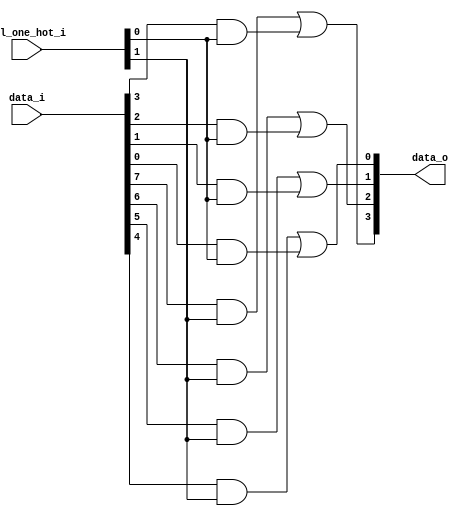
module bsg_mux_one_hot_width_p4_els_p2
(
  data_i,
  sel_one_hot_i,
  data_o
);

  input [7:0] data_i;
  input [1:0] sel_one_hot_i;
  output [3:0] data_o;
  wire [3:0] data_o;
  wire [7:0] data_masked;
  assign data_masked[3] = data_i[3] & sel_one_hot_i[0];
  assign data_masked[2] = data_i[2] & sel_one_hot_i[0];
  assign data_masked[1] = data_i[1] & sel_one_hot_i[0];
  assign data_masked[0] = data_i[0] & sel_one_hot_i[0];
  assign data_masked[7] = data_i[7] & sel_one_hot_i[1];
  assign data_masked[6] = data_i[6] & sel_one_hot_i[1];
  assign data_masked[5] = data_i[5] & sel_one_hot_i[1];
  assign data_masked[4] = data_i[4] & sel_one_hot_i[1];
  assign data_o[0] = data_masked[4] | data_masked[0];
  assign data_o[1] = data_masked[5] | data_masked[1];
  assign data_o[2] = data_masked[6] | data_masked[2];
  assign data_o[3] = data_masked[7] | data_masked[3];

endmodule